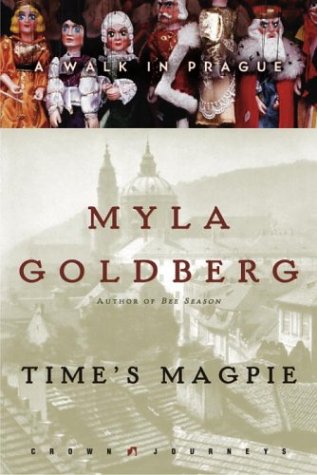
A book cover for Time's Magpie: A Walk in Prague (Crown Journeys); Myla Goldberg; Travel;